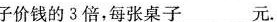
子价钱的3倍，每张桌子___元。